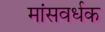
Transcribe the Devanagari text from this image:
मांसवर्धक